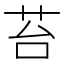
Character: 苔